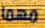
مهما